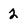
Character: 2